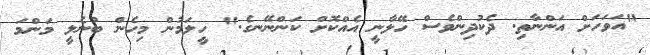
"އަވަހަށް އަންނާތި. ދެކުދިންވެސް ހޭލާނީ އެއްކޮށް ކަންނޭނގެ." ހީލަމުން މިހެން ބުނެލީ މަންމަ